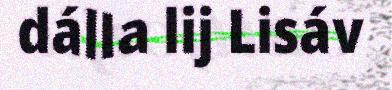
dálla lij Lisáv